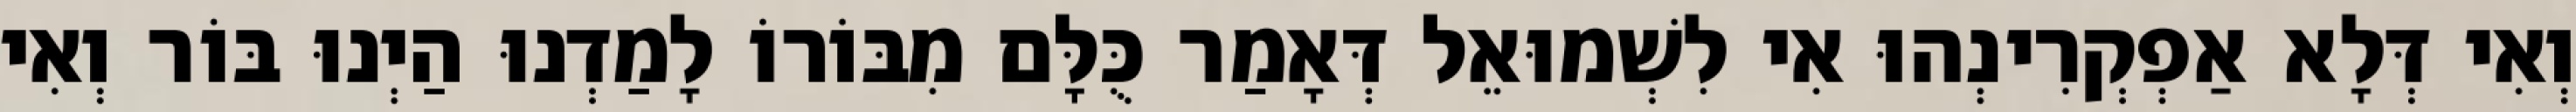
וְאִי דְּלָא אַפְקְרִינְהוּ אִי לִשְׁמוּאֵל דְּאָמַר כֻּלָּם מִבּוֹרוֹ לָמַדְנוּ הַיְנוּ בּוֹר וְאִי